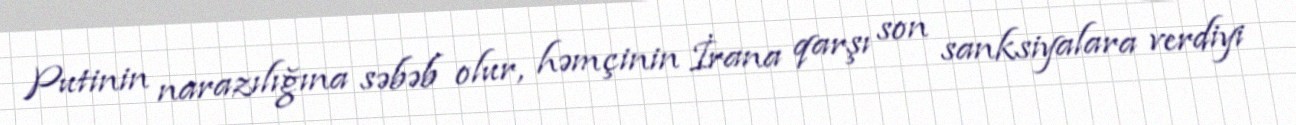
Putinin narazılığına səbəb olur, həmçinin İrana qarşı son sanksiyalara verdiyi